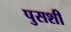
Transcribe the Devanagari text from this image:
पुसशी